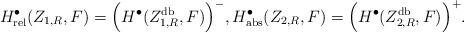
LaTeX: \begin{align*}H^\bullet_\mathrm{rel}(Z_{1,R},F) = \Big(H^\bullet(Z_{1,R}^\mathrm{db},F)\Big)^-, H^\bullet_\mathrm{abs}(Z_{2,R},F) = \Big(H^\bullet(Z_{2,R}^\mathrm{db},F)\Big)^+.\end{align*}